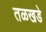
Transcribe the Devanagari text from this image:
तळखडे